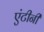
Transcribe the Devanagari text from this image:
एंटीनी